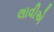
લાવીએ